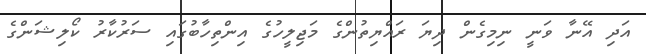
އަދި އޭނާ ވަނީ ނިމިގެން ދިޔަ ރައްޔިތުންގެ މަޖިލީހުގެ އިންތިހާބުގައި ސަރުކާރު ކޯލިޝަންގެ